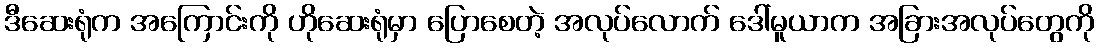
ဒီဆေးရုံက အကြောင်းကို ဟိုဆေးရုံမှာ ပြောစေတဲ့ အလုပ်လောက် ဒေါ်မူယာက အခြားအလုပ်တွေကို